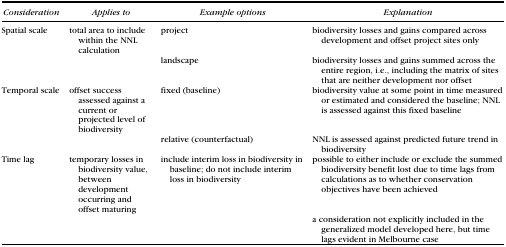
<table><thead><tr><td><b>Consideration</b></td><td><b>Applies to</b></td><td><b>Example options</b></td><td><b>Explanation</b></td></tr></thead><tbody><tr><td>Spatial scale</td><td>total area to include within the NNL calculation</td><td>project</td><td>biodiversity losses and gains compared across development and offset project sites only</td></tr><tr><td></td><td></td><td>landscape</td><td>biodiversity losses and gains summed across the entire region, i.e., including the matrix of sites that are neither development nor offset</td></tr><tr><td>Temporal scale</td><td>offset success assessed against a current or projected level of biodiversity</td><td>fixed (baseline)</td><td>biodiversity value at some point in time measured or estimated and considered the baseline; NNL is assessed against this fixed baseline</td></tr><tr><td></td><td></td><td>relative (counterfactual)</td><td>NNL is assessed against predicted future trend in biodiversity</td></tr><tr><td>Time lag</td><td>temporary losses in biodiversity value, between development occurring and offset maturing</td><td>include interim loss in biodiversity in baseline; do not include interim loss in biodiversity</td><td>possible to either include or exclude the summed biodiversity benefit lost due to time lags from calculations as to whether conservation objectives have been achieved</td></tr><tr><td></td><td></td><td></td><td>a consideration not explicitly included in the generalized model developed here, but time lags evident in Melbourne case</td></tr></tbody></table>